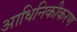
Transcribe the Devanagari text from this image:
आधिनिकीकरण